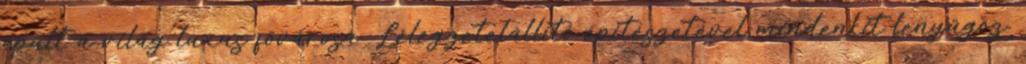
épült a világ luxus fővárosa. Lélegzetelállító építészetével mindenkit lenyűgöz.